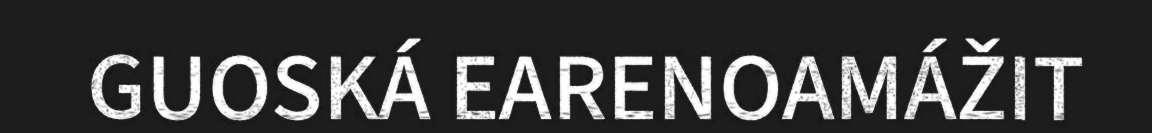
GUOSKÁ EARENOAMÁŽIT